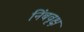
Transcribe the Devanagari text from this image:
निंबवृक्ष